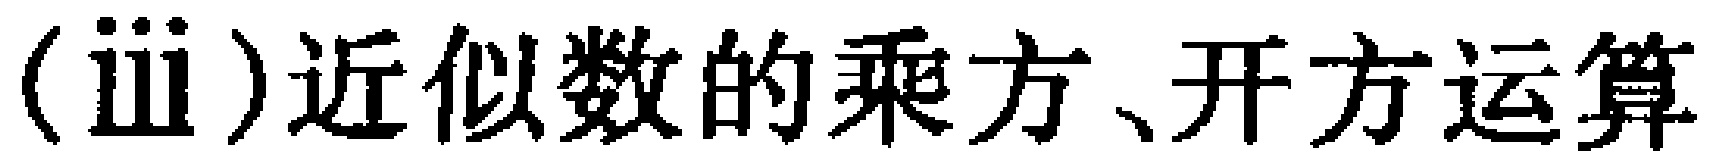
(ⅲ)近似数的乘方、开方运算